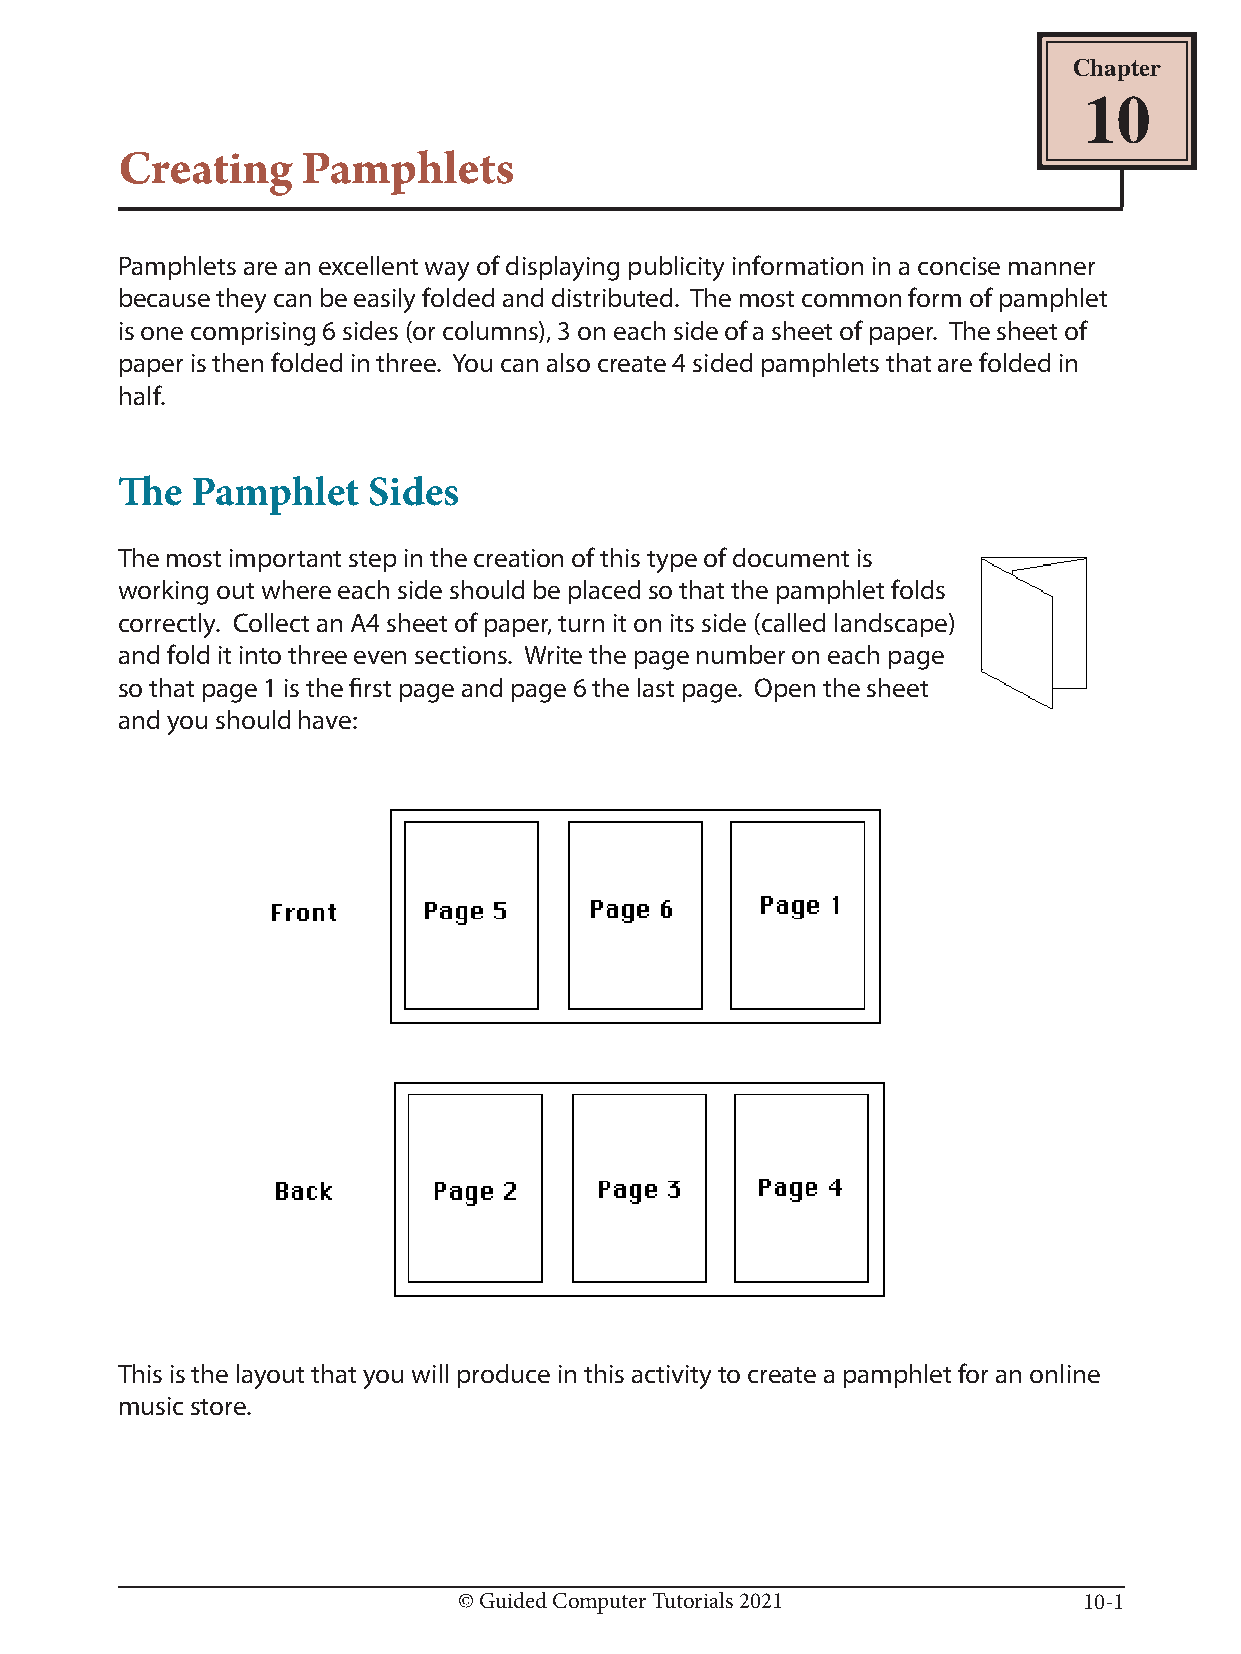
Chapter
 10
 Creating    Pamphlets
 Pamphlets are an excellent way of displaying publicity information in a concise manner
 because they can be easily folded and distributed. The most common form of pamphlet
 is one comprising 6 sides (or columns), 3 on each side of a sheet of paper. The sheet of
 paper is then folded in three. You can also create 4 sided pamphlets that are folded in
 half.
 The  Pamphlet   Sides
 The most important step in the creation of this type of document is
 working out where each side should be placed so that the pamphlet folds
 correctly. Collect an A4 sheet of paper, turn it on its side (called landscape)
 and fold it into three even sections. Write the page number on each page
 so that page 1 is the first page and page 6 the last page. Open the sheet
 and you should have:
 This is the layout that you will produce in this activity to create a pamphlet for an online
 music store.
 © Guided Computer Tutorials 2021          10-1